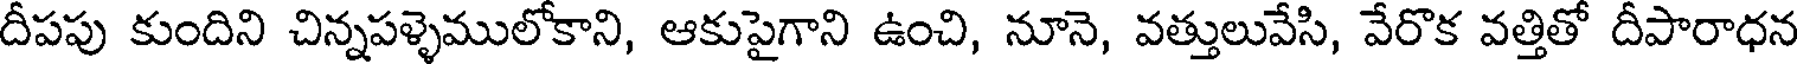
దీపపు కుందిని చిన్నపళ్ళెములోకాని, ఆకుపైగాని ఉంచి, నూనె, వత్తులువేసి, వేరొక వత్తితో దీపారాధన